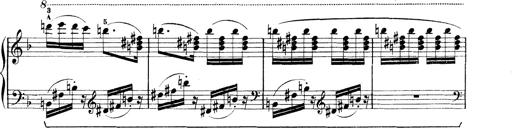
Title: Rapsodie: 19 ungheresi, 1 spagnuola
Composer: Franz Liszt